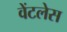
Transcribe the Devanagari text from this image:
वेंटलेस